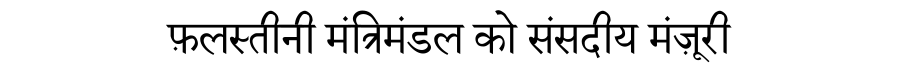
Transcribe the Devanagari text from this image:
फ़लस्तीनी मंत्रिमंडल को संसदीय मंज़ूरी